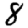
Digit: 8